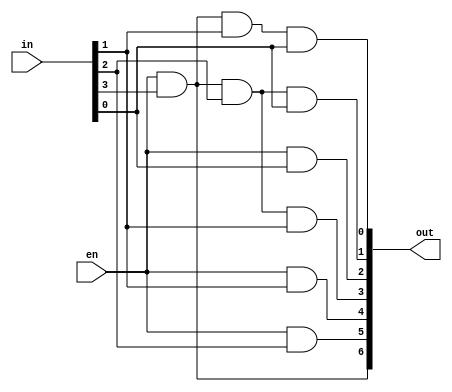
//Hamming Encoder
module hamming_encoder(
	input [3:0] in,
	input en,
	output [6:0] out
	);
	and 	(out[0], en, in[3], in[1], in[0]),
		(out[1], en, in[3], in[2], in[0]),
		(out[2], en, in[0]),
		(out[3], en, in[3], in[2], in[1]),
		(out[4], en, in[1]),
		(out[5], en, in[2]),
		(out[6], en, in[3]);
endmodule